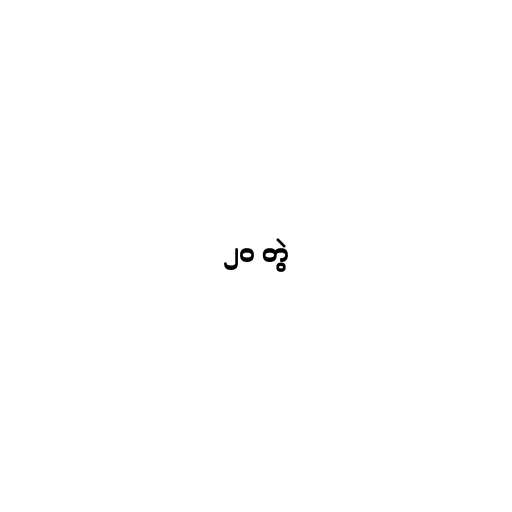
၂၀ တွဲ